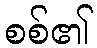
စစ်၏